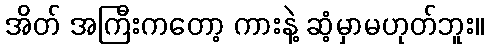
အိတ် အကြီးကတော့ ကားနဲ့ ဆံ့မှာမဟုတ်ဘူး။